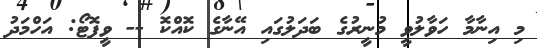
މި އިނާމާ ހަވާލުވީ މުނީރުގެ ބަދަލުގައި އޭނާގެ ކޮއްކޮ -- ވީފޮޓޯ: އަހްމަދު